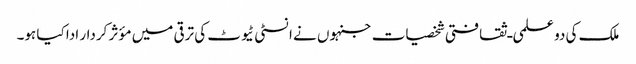
ملک کی دو علمی ـ ثقافتی شخصیات جنہوں نے انسٹی ٹیوٹ کی ترقی میں مؤثر کردار ادا کیا ہو۔